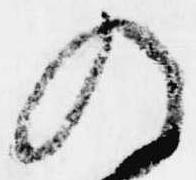
の